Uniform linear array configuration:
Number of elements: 32
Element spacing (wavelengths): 0.25
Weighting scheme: cosine
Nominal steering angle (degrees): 30
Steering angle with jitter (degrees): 28.486
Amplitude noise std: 0.05
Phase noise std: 0.05

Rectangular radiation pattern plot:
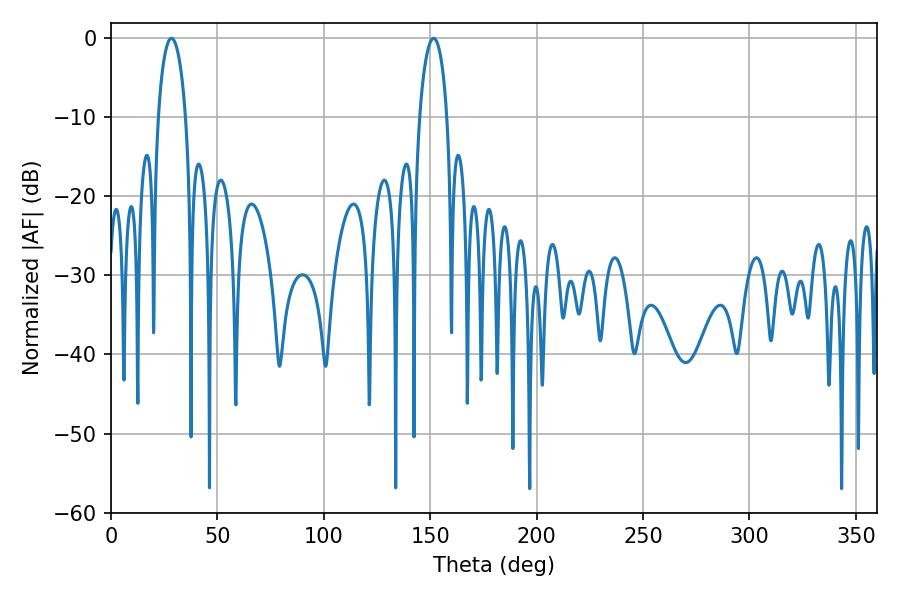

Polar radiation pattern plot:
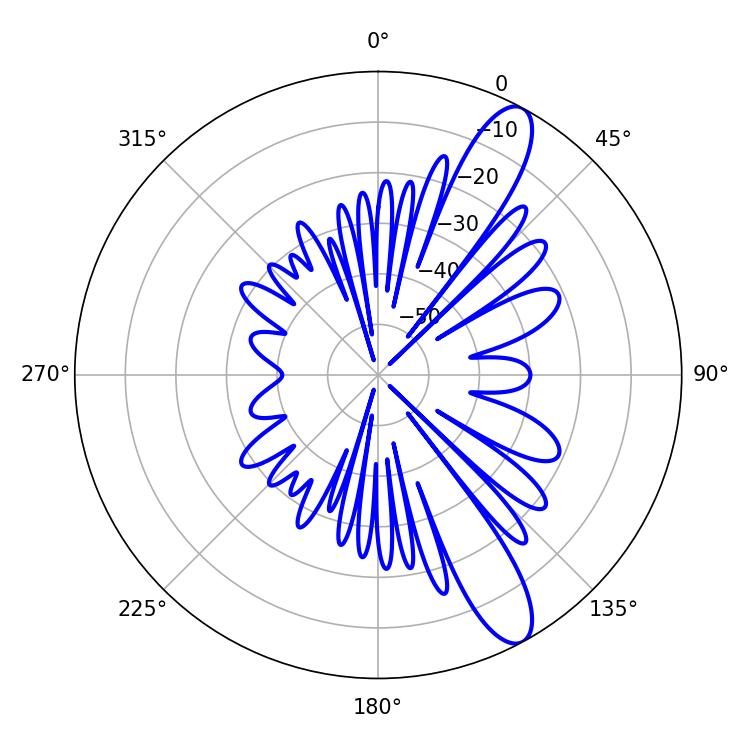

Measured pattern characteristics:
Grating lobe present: FALSE
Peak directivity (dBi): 11.649
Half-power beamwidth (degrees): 7.38
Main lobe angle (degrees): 28.44